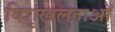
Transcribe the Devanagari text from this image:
विशृंखलताओं